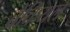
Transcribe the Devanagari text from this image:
ब्रैंकियल